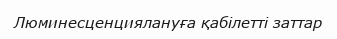
Люминесценциялануға қабілетті заттар